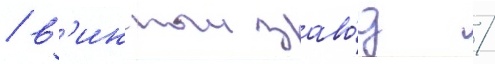
/ в'инныи заво́д /